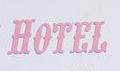
hotel